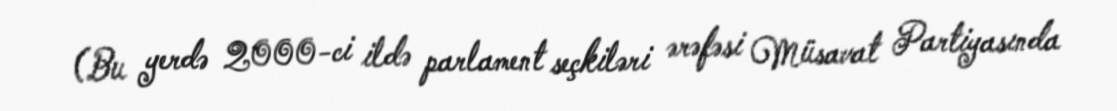
(Bu yerdə 2000-ci ildə parlament seçkiləri ərəfəsi Müsavat Partiyasında